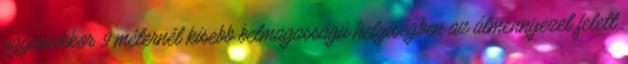
ugyanakkor 9 méternél kisebb belmagasságú helyiségben az álmennyezet felett